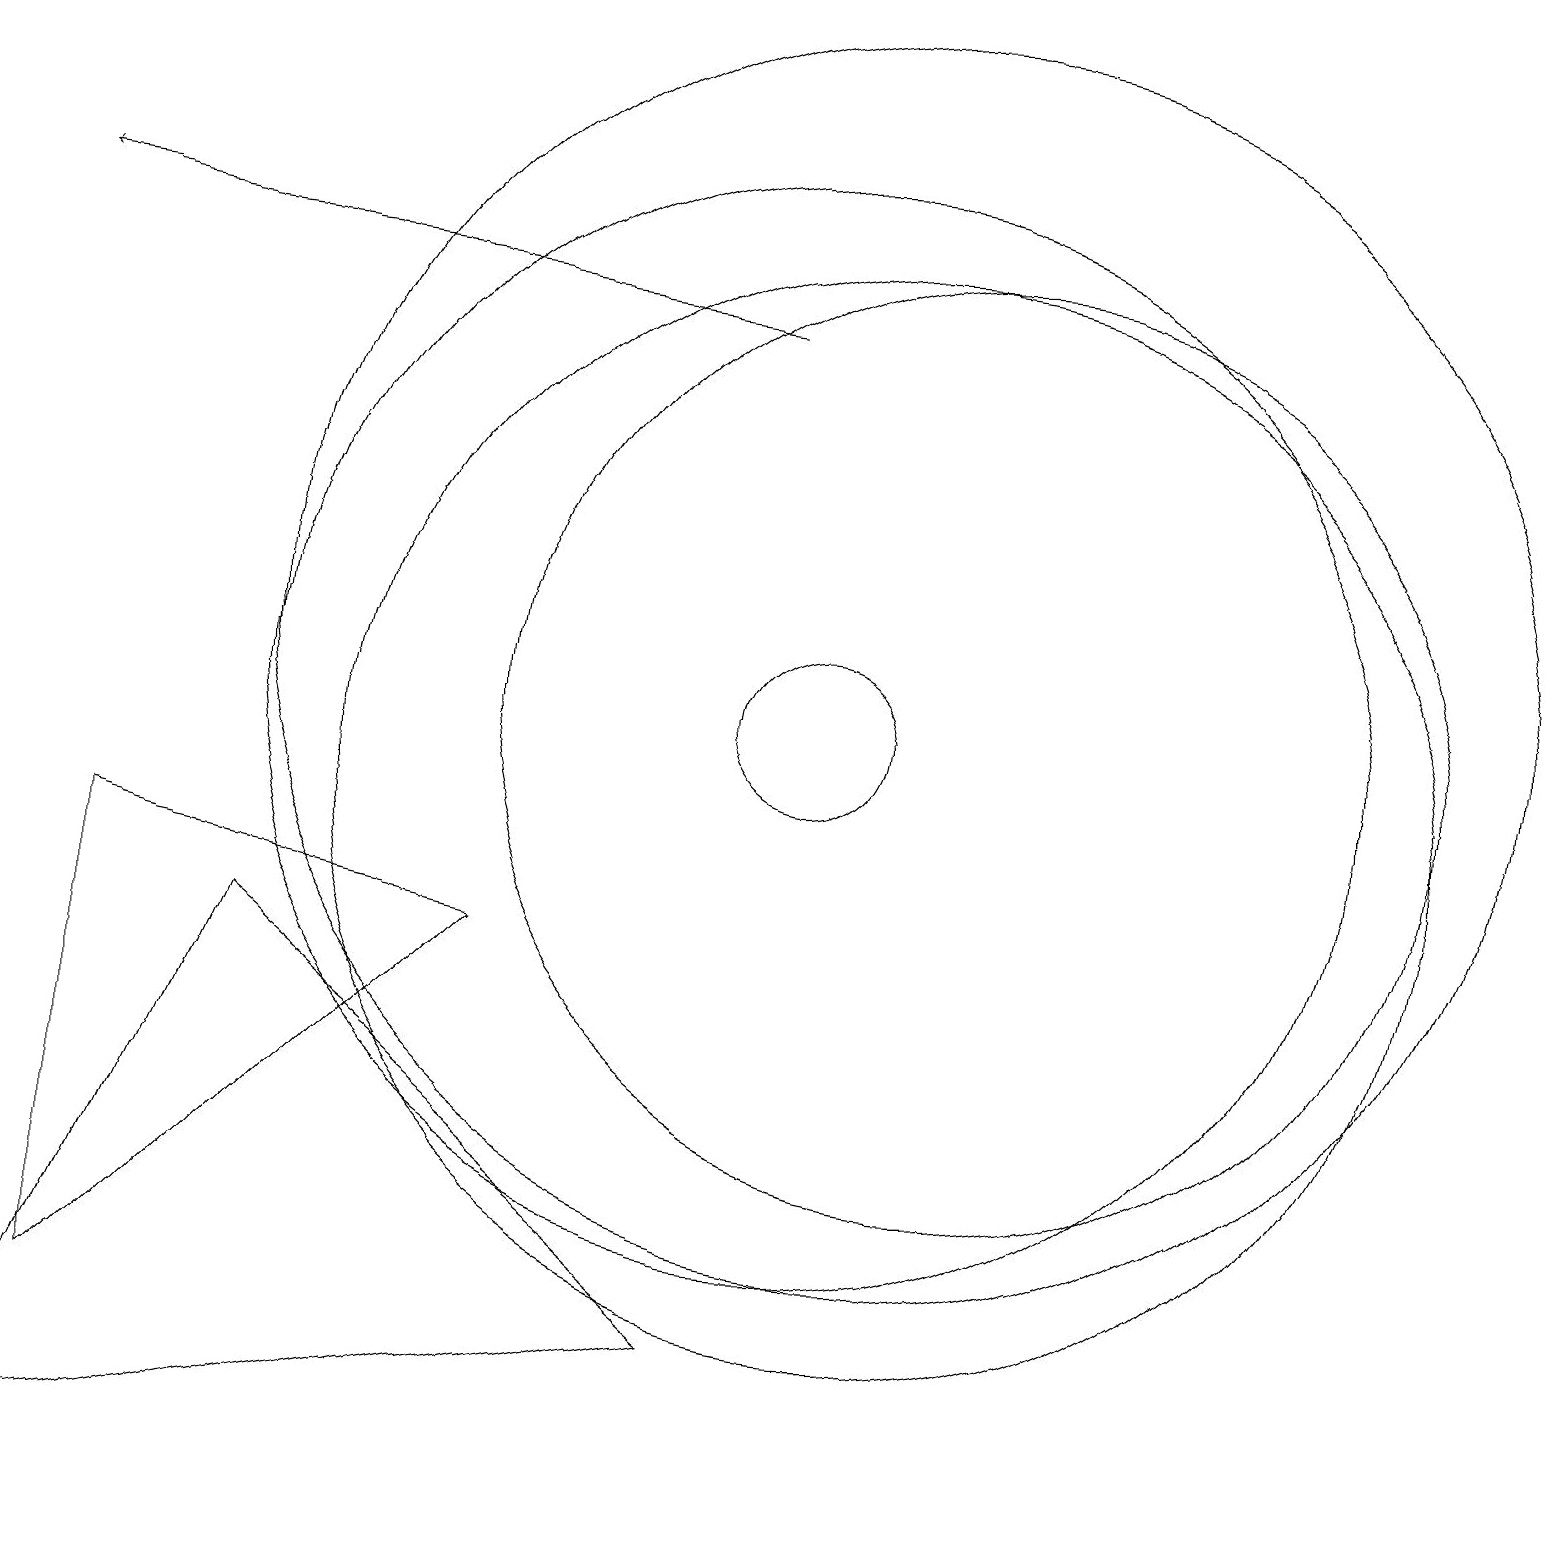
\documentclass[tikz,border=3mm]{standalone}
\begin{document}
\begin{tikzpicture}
\draw (11,10) circle (7);
\draw (0,1) -- (9,3) -- (3,8) -- cycle;
\draw[->] (9,16) -- (0,17);
\draw (1,3) -- (1,9) -- (6,8) -- cycle;
\draw (11,12) circle (8);
\draw (12,11) circle (6);
\draw (10,11) circle (1);
\draw (10,11) circle (7);
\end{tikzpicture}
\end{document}